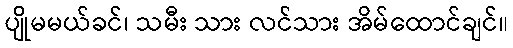
ပျိုမမယ်ခင်၊ သမီး သား လင်သား အိမ်ထောင်ချင်။